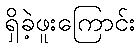
ရှိခဲ့ဖူးကြောင်း